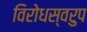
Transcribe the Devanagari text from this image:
विरोधस्वरुप